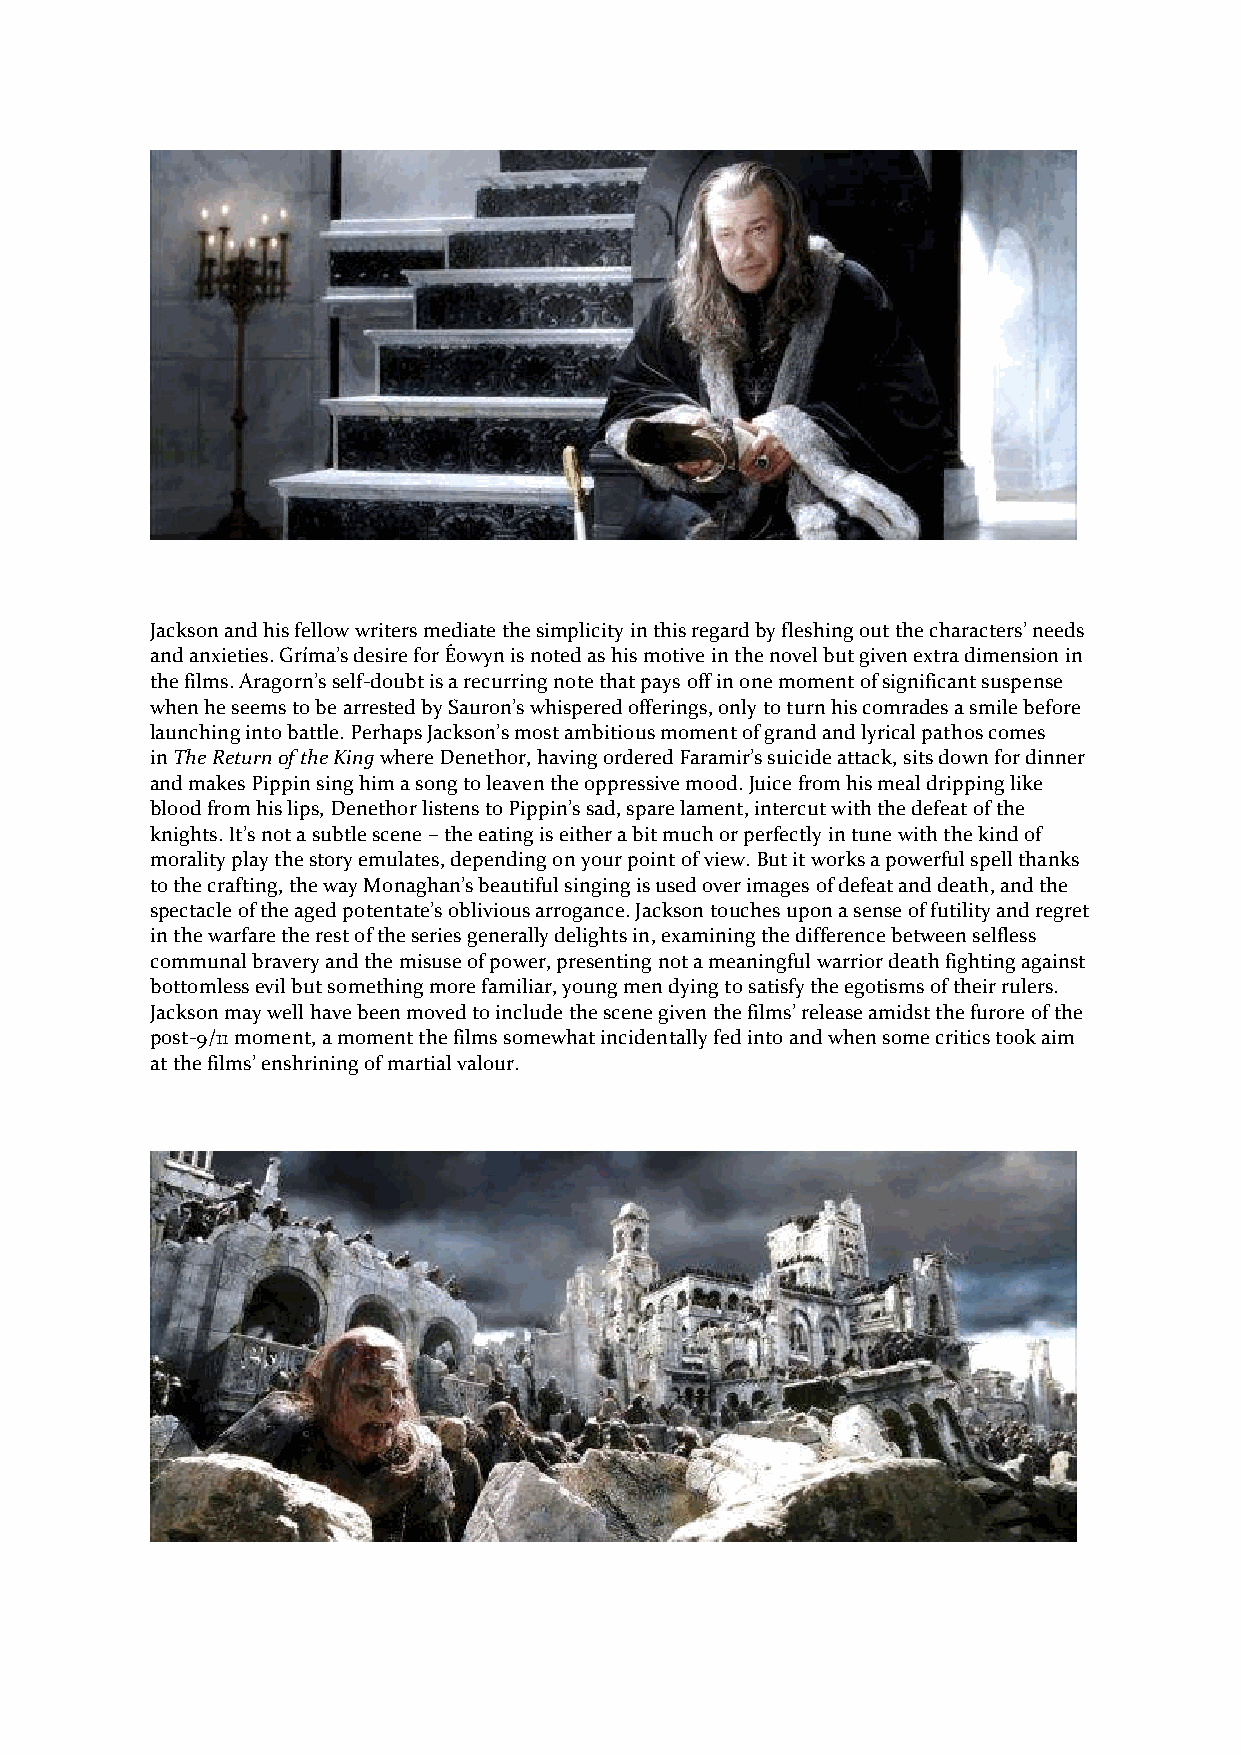
Jackson and his fellow writers mediate the simplicity in this regard by fleshing out the characters’ needs
 and anxieties. Gríma’s desire for Éowyn is noted as his motive in the novel but given extra dimension in
 the films. Aragorn’s self-doubt is a recurring note that pays off in one moment of significant suspense
 when he seems to be arrested by Sauron’s whispered offerings, only to turn his comrades a smile before
 launching into battle. Perhaps Jackson’s most ambitious moment of grand and lyrical pathos comes
 in The Return of the King where Denethor, having ordered Faramir’s suicide attack, sits down for dinner
 and makes Pippin sing him a song to leaven the oppressive mood. Juice from his meal dripping like
 blood from his lips, Denethor listens to Pippin’s sad, spare lament, intercut with the defeat of the
 knights. It’s not a subtle scene – the eating is either a bit much or perfectly in tune with the kind of
 morality play the story emulates, depending on your point of view. But it works a powerful spell thanks
 to the crafting, the way Monaghan’s beautiful singing is used over images of defeat and death, and the
 spectacle of the aged potentate’s oblivious arrogance. Jackson touches upon a sense of futility and regret
 in the warfare the rest of the series generally delights in, examining the difference between selfless
 communal bravery and the misuse of power, presenting not a meaningful warrior death fighting against
 bottomless evil but something more familiar, young men dying to satisfy the egotisms of their rulers.
 Jackson may well have been moved to include the scene given the films’ release amidst the furore of the
 post-9/11 moment, a moment the films somewhat incidentally fed into and when some critics took aim
 at the films’ enshrining of martial valour.